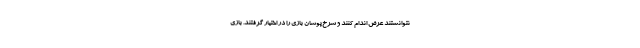
نتوانستند عرض اندام کنند و سرخ‌پوشان بازی را در اختیار گرفتند. بازی